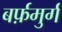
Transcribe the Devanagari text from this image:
बर्फ़मुर्ग